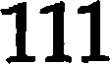
111